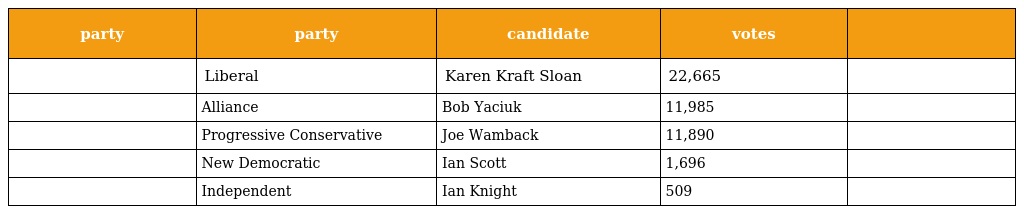
| party | party | candidate | votes |  |
 | --- | --- | --- | --- | --- |
 |  | Liberal | Karen Kraft Sloan | 22,665 |  |
 |  | Alliance | Bob Yaciuk | 11,985 |  |
 |  | Progressive Conservative | Joe Wamback | 11,890 |  |
 |  | New Democratic | Ian Scott | 1,696 |  |
 |  | Independent | Ian Knight | 509 |  |